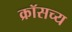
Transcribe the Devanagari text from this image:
क्रॉसच्य